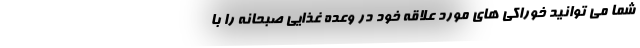
شما می توانید خوراکی های مورد علاقه خود در وعده غذایی صبحانه را با